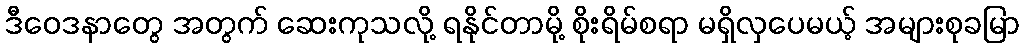
ဒီဝေဒနာတွေ အတွက် ဆေးကုသလို့ ရနိုင်တာမို့ စိုးရိမ်စရာ မရှိလှပေမယ့် အများစုခမြာ